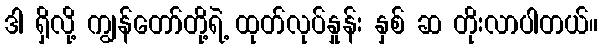
ဒါ ရှိလို့ ကျွန်တော်တို့ရဲ့ ထုတ်လုပ်နှုန်း နှစ် ဆ တိုးလာပါတယ်။